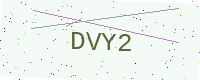
Text: DVY2